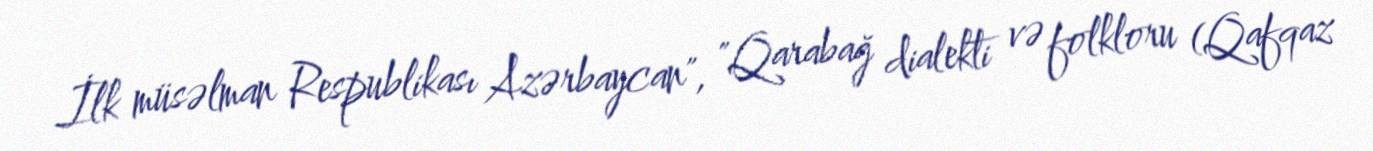
İlk müsəlman Respublikası Azərbaycan", "Qarabağ dialekti və folkloru (Qafqaz